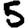
Digit: 5